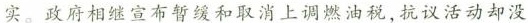
实。政府相继宣布暂缓和取消上调燃油税，抗议活动却没